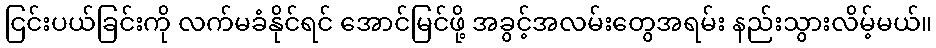
ငြင်းပယ်ခြင်းကို လက်မခံနိုင်ရင် အောင်မြင်ဖို့ အခွင့်အလမ်းတွေအရမ်း နည်းသွားလိမ့်မယ်။